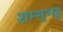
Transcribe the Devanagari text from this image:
शम्भुभट्ट